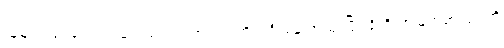
သူများလုပ်ပေမယ့် မင်းမလုပ်ရဘူးကွ၊ ကိုယ့်ဦးနှောက်သုံးပြီး ရိုးရိုးအမြတ်စားတာကို